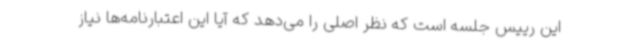
این رییس جلسه است که نظر اصلی را می‌دهد که آیا این اعتبارنامه‌ها نیاز